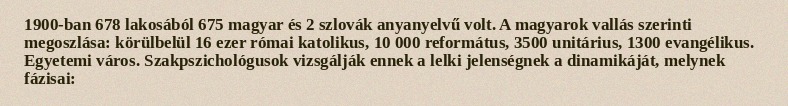
1900-ban 678 lakosából 675 magyar és 2 szlovák anyanyelvű volt. A magyarok vallás szerinti megoszlása: körülbelül 16 ezer római katolikus, 10 000 református, 3500 unitárius, 1300 evangélikus. Egyetemi város. Szakpszichológusok vizsgálják ennek a lelki jelenségnek a dinamikáját, melynek fázisai: